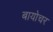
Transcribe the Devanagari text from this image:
बायोचर